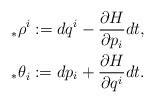
LaTeX: \begin{align*}&{_{*}\rho}^{i}:=dq^{i}-\frac{\partial H}{\partial p_{i}}dt,\\&{_{*}\theta}_{i}:=dp_{i}+\frac{\partial H}{\partial q^{i}}dt.\end{align*}